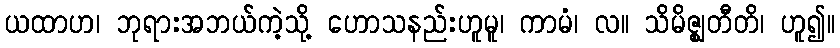
ယထာဟ၊ ဘုရားအဘယ်ကဲ့သို့ ဟောသနည်းဟူမူ၊ ကာမံ၊ လ။ သိမိဇ္ဈတီတိ၊ ဟူ၍။